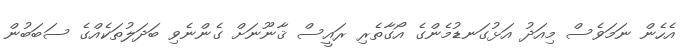
އެހެން ނަމަވެސް މިއަދު އަޅުގަނޑުމެންގެ އޯގާތެރި ރައީސް ޤާނޫނަށް ގެންނެވި ބަދަލުތަކެއްގެ ސަބަބުން